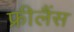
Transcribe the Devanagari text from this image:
फ्रीलैंस